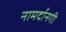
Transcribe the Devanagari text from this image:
नामर्दानगी